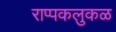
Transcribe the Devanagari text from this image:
राप्पकलुकळ